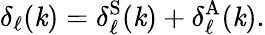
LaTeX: \delta_{\ell}(\mathit{k})=\delta_{\ell}^{\mathrm{{S}}}(\mathit{k})+\delta_{\ell}^{\mathrm{{A}}}(\mathit{k}).